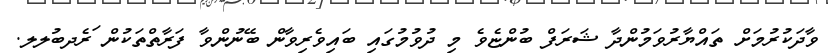
ވާދަކުރުމަށް ތައްޔާރުވަމުންދާ ޝަރަފް ބުންޏެވެ މި ދުވުމުގައި ބައިވެރިވާން ބޭނުންވާ ފަރާތްތަކުން ަަރެދބުލލ.